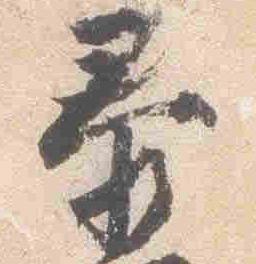
泰